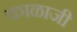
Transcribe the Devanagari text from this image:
काळाजी